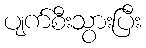
ပျက်စီးသွားပြီး